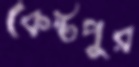
কেষ্টপুর